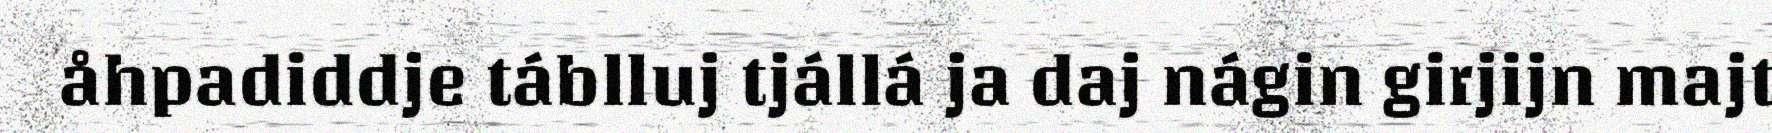
åhpadiddje táblluj tjállá ja daj nágin girjijn majt